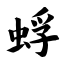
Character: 蜉